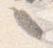
々